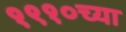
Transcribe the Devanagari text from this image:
१९१०च्या